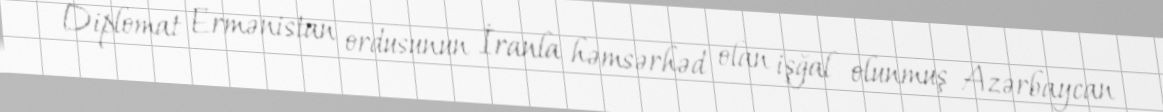
Diplomat Ermənistan ordusunun İranla həmsərhəd olan işğal olunmuş Azərbaycan